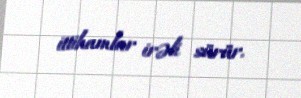
ittihamlar irəli sürür.